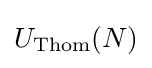
U_{\text{Thom}}(N)